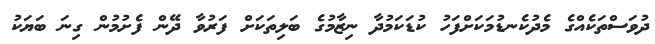
ދުވަސްތަކެއްގެ މެދުކެނޑުމަކަށްފަހު ކުޑަކަމުދާ ނިޒާމުގެ ބަލިތަކަށް ފަރުވާ ދޭން ފެށުމުން ގިނަ ބަޔަކު